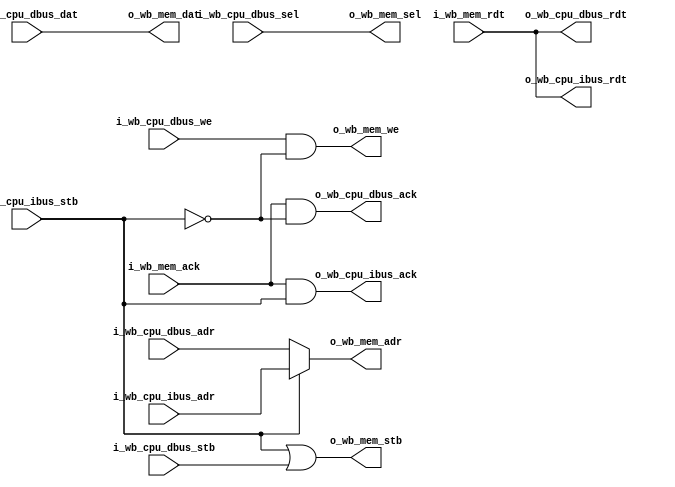
// This program was cloned from: https://github.com/olofk/serv
// License: ISC License

/*
 * servile_arbiter.v : I/D arbiter for the servile convenience wrapper.
 *  Relies on the fact that not ibus and dbus are active at the same time.
 *
 * SPDX-FileCopyrightText: 2024 Olof Kindgren <olof.kindgren@gmail.com>
 * SPDX-License-Identifier: Apache-2.0
 */

module servile_arbiter
  (
   input wire [31:0]  i_wb_cpu_dbus_adr,
   input wire [31:0]  i_wb_cpu_dbus_dat,
   input wire [3:0]   i_wb_cpu_dbus_sel,
   input wire 	      i_wb_cpu_dbus_we,
   input wire 	      i_wb_cpu_dbus_stb,
   output wire [31:0] o_wb_cpu_dbus_rdt,
   output wire 	      o_wb_cpu_dbus_ack,

   input wire [31:0]  i_wb_cpu_ibus_adr,
   input wire 	      i_wb_cpu_ibus_stb,
   output wire [31:0] o_wb_cpu_ibus_rdt,
   output wire 	      o_wb_cpu_ibus_ack,

   output wire [31:0] o_wb_mem_adr,
   output wire [31:0] o_wb_mem_dat,
   output wire [3:0]  o_wb_mem_sel,
   output wire 	      o_wb_mem_we,
   output wire 	      o_wb_mem_stb,
   input wire [31:0]  i_wb_mem_rdt,
   input wire 	      i_wb_mem_ack);

   assign o_wb_cpu_dbus_rdt = i_wb_mem_rdt;
   assign o_wb_cpu_dbus_ack = i_wb_mem_ack & !i_wb_cpu_ibus_stb;

   assign o_wb_cpu_ibus_rdt = i_wb_mem_rdt;
   assign o_wb_cpu_ibus_ack = i_wb_mem_ack & i_wb_cpu_ibus_stb;

   assign o_wb_mem_adr = i_wb_cpu_ibus_stb ? i_wb_cpu_ibus_adr : i_wb_cpu_dbus_adr;
   assign o_wb_mem_dat = i_wb_cpu_dbus_dat;
   assign o_wb_mem_sel = i_wb_cpu_dbus_sel;
   assign o_wb_mem_we  = i_wb_cpu_dbus_we & !i_wb_cpu_ibus_stb;
   assign o_wb_mem_stb = i_wb_cpu_ibus_stb | i_wb_cpu_dbus_stb;


endmodule